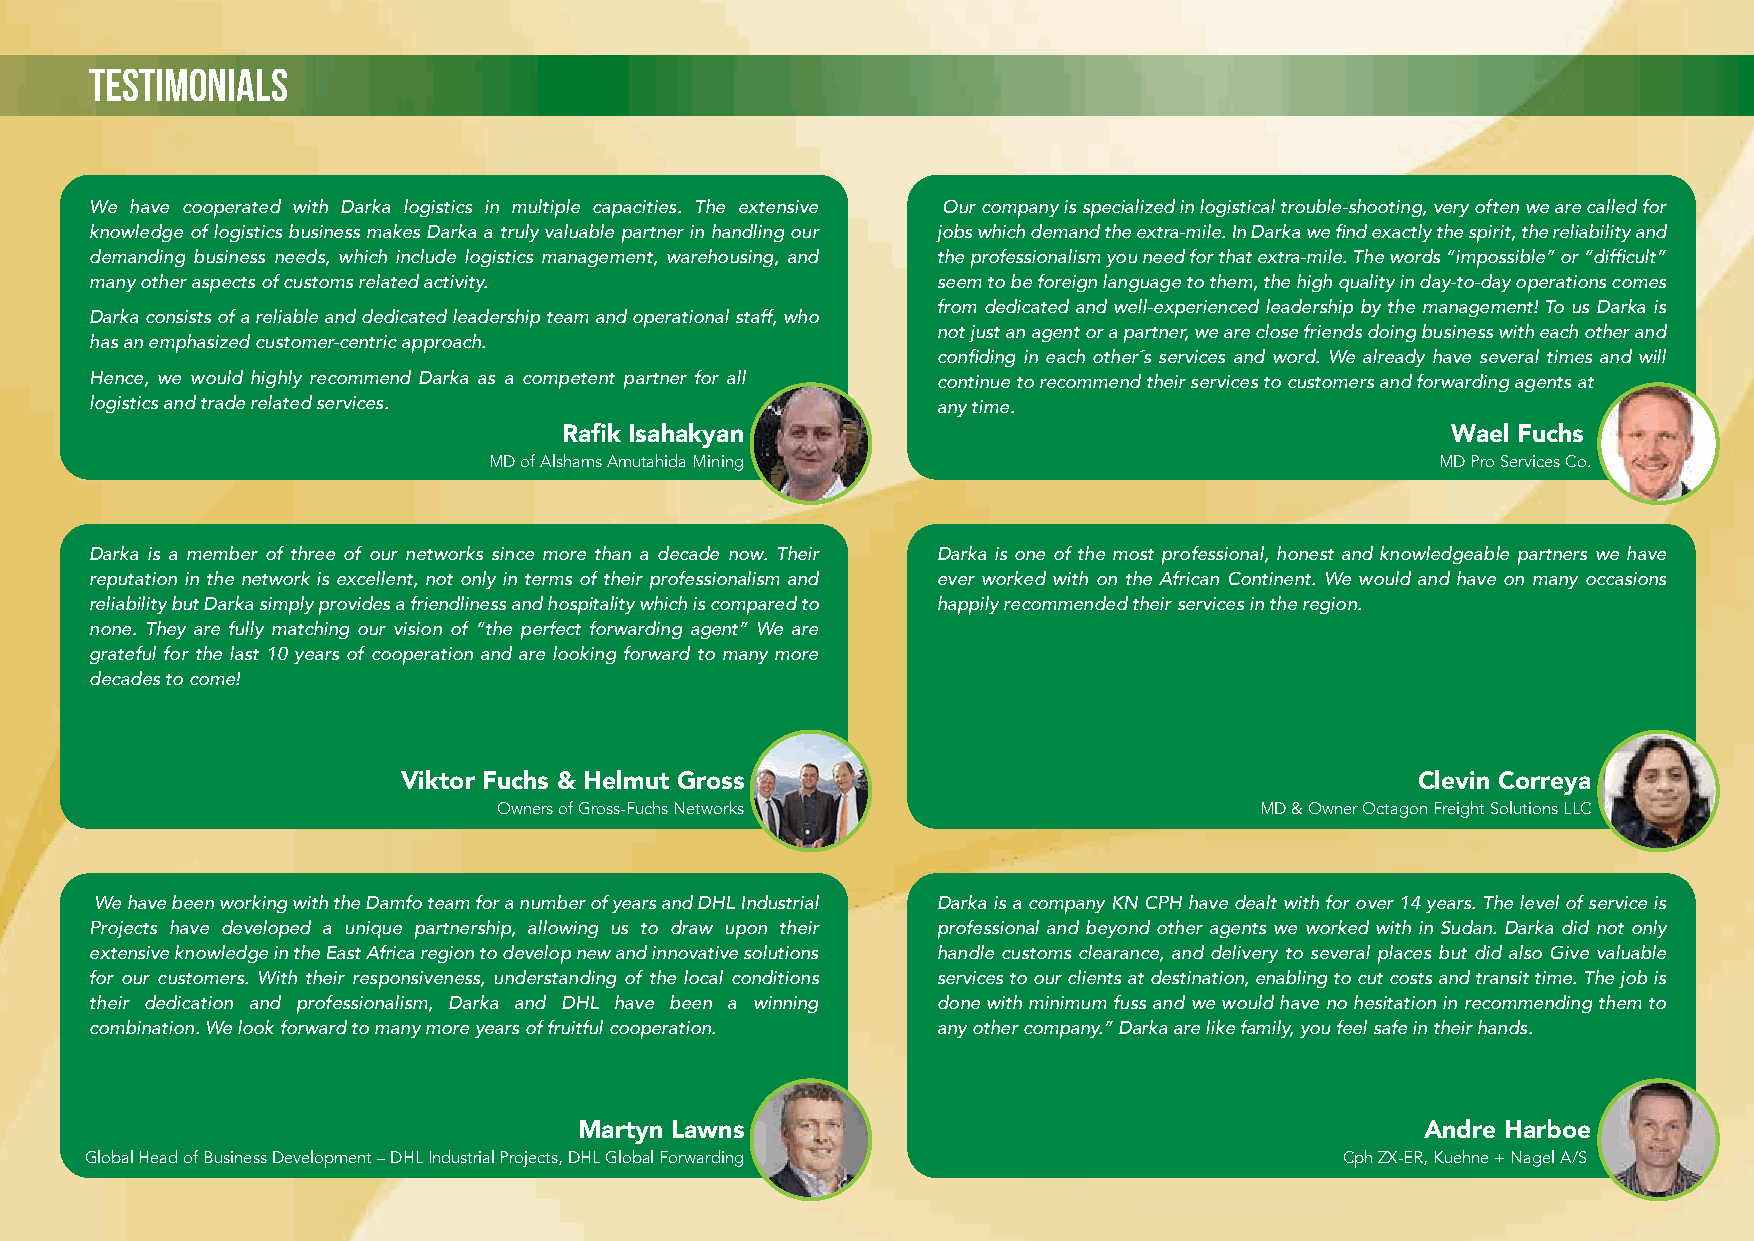
TESTIMONIALS
 We have cooperated with Darka logistics in multiple capacities. The extensive Our company is specialized in logistical trouble-shooting, very often we are called for
 knowledge of logistics business makes Darka a truly valuable partner in handling our jobs which demand the extra-mile. In Darka we find exactly the spirit, the reliability and
 demanding business needs, which include logistics management, warehousing, and the professionalism you need for that extra-mile. The words “impossible” or “difficult”
 many other aspects of customs related activity.         seem to be foreign language to them, the high quality in day-to-day operations comes
 from dedicated and well-experienced leadership by the management! To us Darka is
 Darka consists of a reliable and dedicated leadership team and operational staff, who
 not just an agent or a partner, we are close friends doing business with each other and
 has an emphasized customer-centric approach.
 confiding in each other´s services and word. We already have several times and will
 Hence, we would highly recommend Darka as a competent partner for all continue to recommend their services to customers and forwarding agents at
 logistics and trade related services.                   any time.
 Rafik Isahakyan                                            Wael Fuchs
 MD of Alshams Amutahida Mining                                 MD Pro Services Co.
 Darka is a member of three of our networks since more than a decade now. Their Darka is one of the most professional, honest and knowledgeable partners we have
 reputation in the network is excellent, not only in terms of their professionalism and ever worked with on the African Continent. We would and have on many occasions
 reliability but Darka simply provides a friendliness and hospitality which is compared to happily recommended their services in the region.
 none. They are fully matching our vision of “the perfect forwarding agent” We are
 grateful for the last 10 years of cooperation and are looking forward to many more
 decades to come!
 Viktor Fuchs & Helmut Gross                                        Clevin Correya
 Owners of Gross-Fuchs Networks                    MD & Owner Octagon Freight Solutions LLC
 We have been working with the Damfo team for a number of years and DHL Industrial Darka is a company KN CPH have dealt with for over 14 years. The level of service is
 Projects have developed a unique partnership, allowing us to draw upon their professional and beyond other agents we worked with in Sudan. Darka did not only
 extensive knowledge in the East Africa region to develop new and innovative solutions handle customs clearance, and delivery to several places but did also Give valuable
 for our customers. With their responsiveness, understanding of the local conditions services to our clients at destination, enabling to cut costs and transit time. The job is
 their dedication and professionalism, Darka and DHL have been a winning done with minimum fuss and we would have no hesitation in recommending them to
 combination. We look forward to many more years of fruitful cooperation. any other company.” Darka are like family, you feel safe in their hands.
 Martyn Lawns                                            Andre Harboe
 Global Head of Business Development – DHL Industrial Projects, DHL Global Forwarding Cph ZX-ER, Kuehne + Nagel A/S